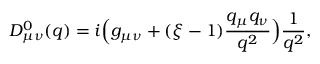
D _ { \mu \nu } ^ { 0 } ( q ) = i \Bigl ( g _ { \mu \nu } + ( \xi - 1 ) { \frac { q _ { \mu } q _ { \nu } } { q ^ { 2 } } } \Bigr ) { \frac { 1 } { q ^ { 2 } } } ,